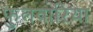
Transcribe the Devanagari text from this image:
फुलवारिया